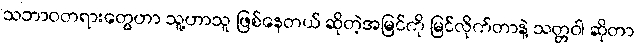
သဘာဝတရားတွေဟာ သူ့ဟာသူ ဖြစ်နေတယ် ဆိုတဲ့အမြင်ကို မြင်လိုက်တာနဲ့ သတ္တဝါ ဆိုတာ